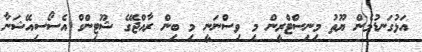
އަޅުގަނޑުމެން ޔޫތު މިނިސްޓްރީން މި ވިސްނަނީ މި ބިން ރާއްޖޭގެ ޝޫޓިންގް އެސޯސިއޭޝަނާ